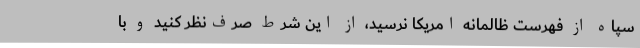
سپاه از فهرست ظالمانه امریکا نرسید، از این شرط صرف‌نظر کنید و با